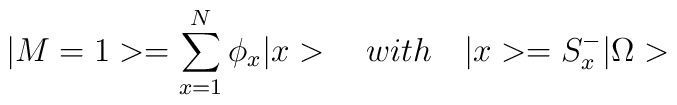
|M=1>=\sum_{x=1}^{N}\phi_{x}|x>\quad with \quad |x>=S_{x}^{-}|\Omega>